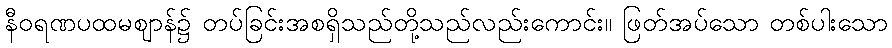
နီဝရဏပထမဈာန်၌ တပ်ခြင်းအစရှိသည်တို့သည်လည်းကောင်း။ ဖြတ်အပ်သော တစ်ပါးသော